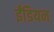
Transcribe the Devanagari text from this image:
ईंडियन